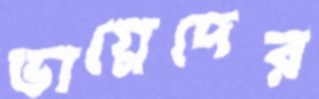
ভাগ্নেদের